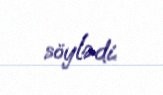
söylədi.